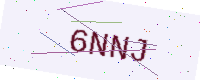
Text: 6NNJ